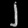
Digit: ၂